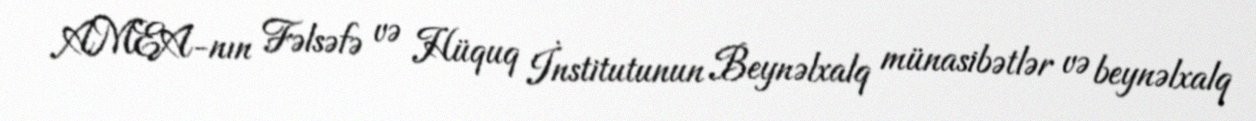
AMEA-nın Fəlsəfə və Hüquq İnstitutunun Beynəlxalq münasibətlər və beynəlxalq